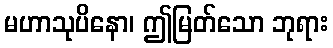
မဟာသုပိနော၊ ဤမြတ်သော ဘုရား